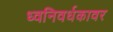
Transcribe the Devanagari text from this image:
ध्वनिवर्धकावर